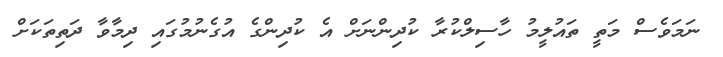
ނަމަވެސް މަތީ ތައުލީމު ހާސިލްކުރާ ކުދިންނަށް އެ ކުދިންގެ އުގެނުމުގައި ދިމާވާ ދަތިތަކަށް